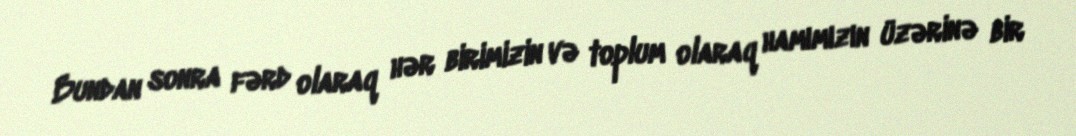
Bundan sonra fərd olaraq hər birimizin və toplum olaraq hamımızın üzərinə bir